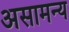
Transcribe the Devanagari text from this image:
असामन्य